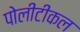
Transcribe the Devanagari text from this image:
पोलीटीकल